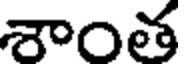
శాంత